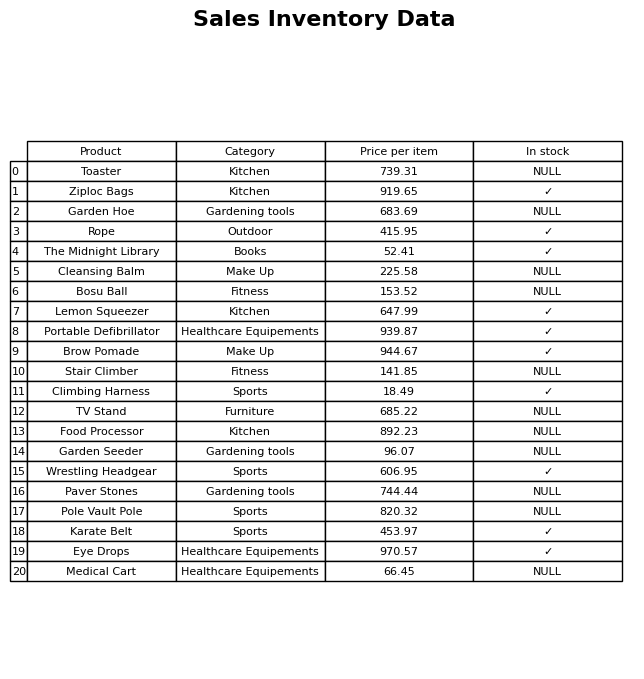
question: What is the price for Portable Defibrillator?
answer: The price of Portable Defibrillator is 939.87.